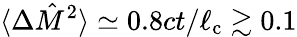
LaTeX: \langle\Delta\hat{M}^{2}\rangle\simeq 0.8ct/\ell_{\mathrm{c}}\gtrsim 0.1